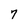
Character: 7